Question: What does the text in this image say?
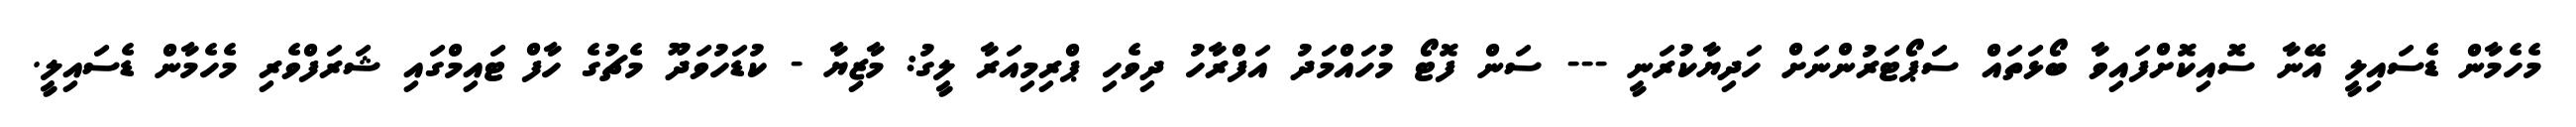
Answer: މެހެމާން ޑެސައިލީ އޭނާ ސޮއިކޮށްފައިވާ ބޯޅަތައް ސަޕޯޓަރުންނަށް ހަދިޔާކުރަނީ --- ސަން ފޮޓޯ މުހައްމަދު އަފްރާހު ދިވެހި ޕްރިމިއަރާ ލީގު: މާޒިޔާ - ކުޑަހުވަދޫ މެޗުގެ ހާފް ޓައިމްގައި ޝަރަފްވެރި މެހެމާން ޑެސައިލީ.